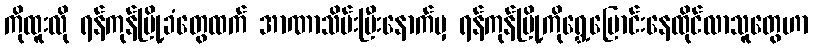
ကိုထူးလို ရန်ကုန်မြို့ခံတွေထက် အာဏာသိမ်းပြီးနောက်မှ ရန်ကုန်မြို့ကိုရွှေ့ပြောင်းနေထိုင်လာသူတွေဟာ